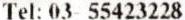
TEL: 03- 55423228